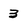
Character: 3